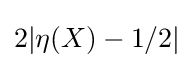
2|\eta (X)-1/2|